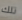
تلك